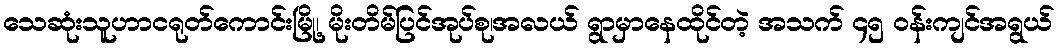
သေဆုံးသူဟာငရုတ်ကောင်းမြို့၊ မိုးတိမ်ပြင်အုပ်စု၊အလယ် ရွာမှာနေထိုင်တဲ့ အသက် ၄၅ ဝန်းကျင်အရွယ်